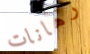
رهانات